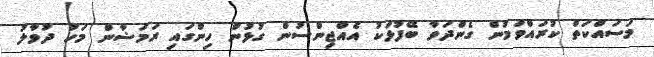
މަސައްކަތް ކުރައްވަމުން ގެންދަވާ ބޭފުޅަކު އެއްޖިންސުން ގުޅުން ހިންގައި ރަމަޟާން މަހު ދުވާލު